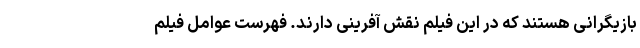
بازیگرانی هستند که در این فیلم نقش آفرینی دارند. فهرست عوامل فیلم